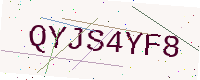
Text: QYJS4YF8